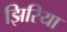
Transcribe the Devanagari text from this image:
झिरिया